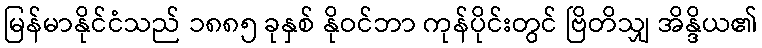
မြန်မာနိုင်ငံသည် ၁၈၈၅ ခုနှစ် နိုဝင်ဘာ ကုန်ပိုင်းတွင် ဗြိတိသျှ အိန္ဒိယ၏